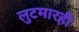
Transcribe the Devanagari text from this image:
लुटमारही